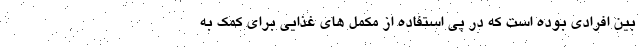
بین افرادی بوده است که در پی استفاده از مکمل های غذایی برای کمک به